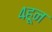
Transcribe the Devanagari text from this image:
४हून